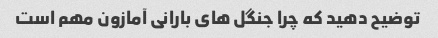
توضیح دهید که چرا جنگل های بارانی آمازون مهم است